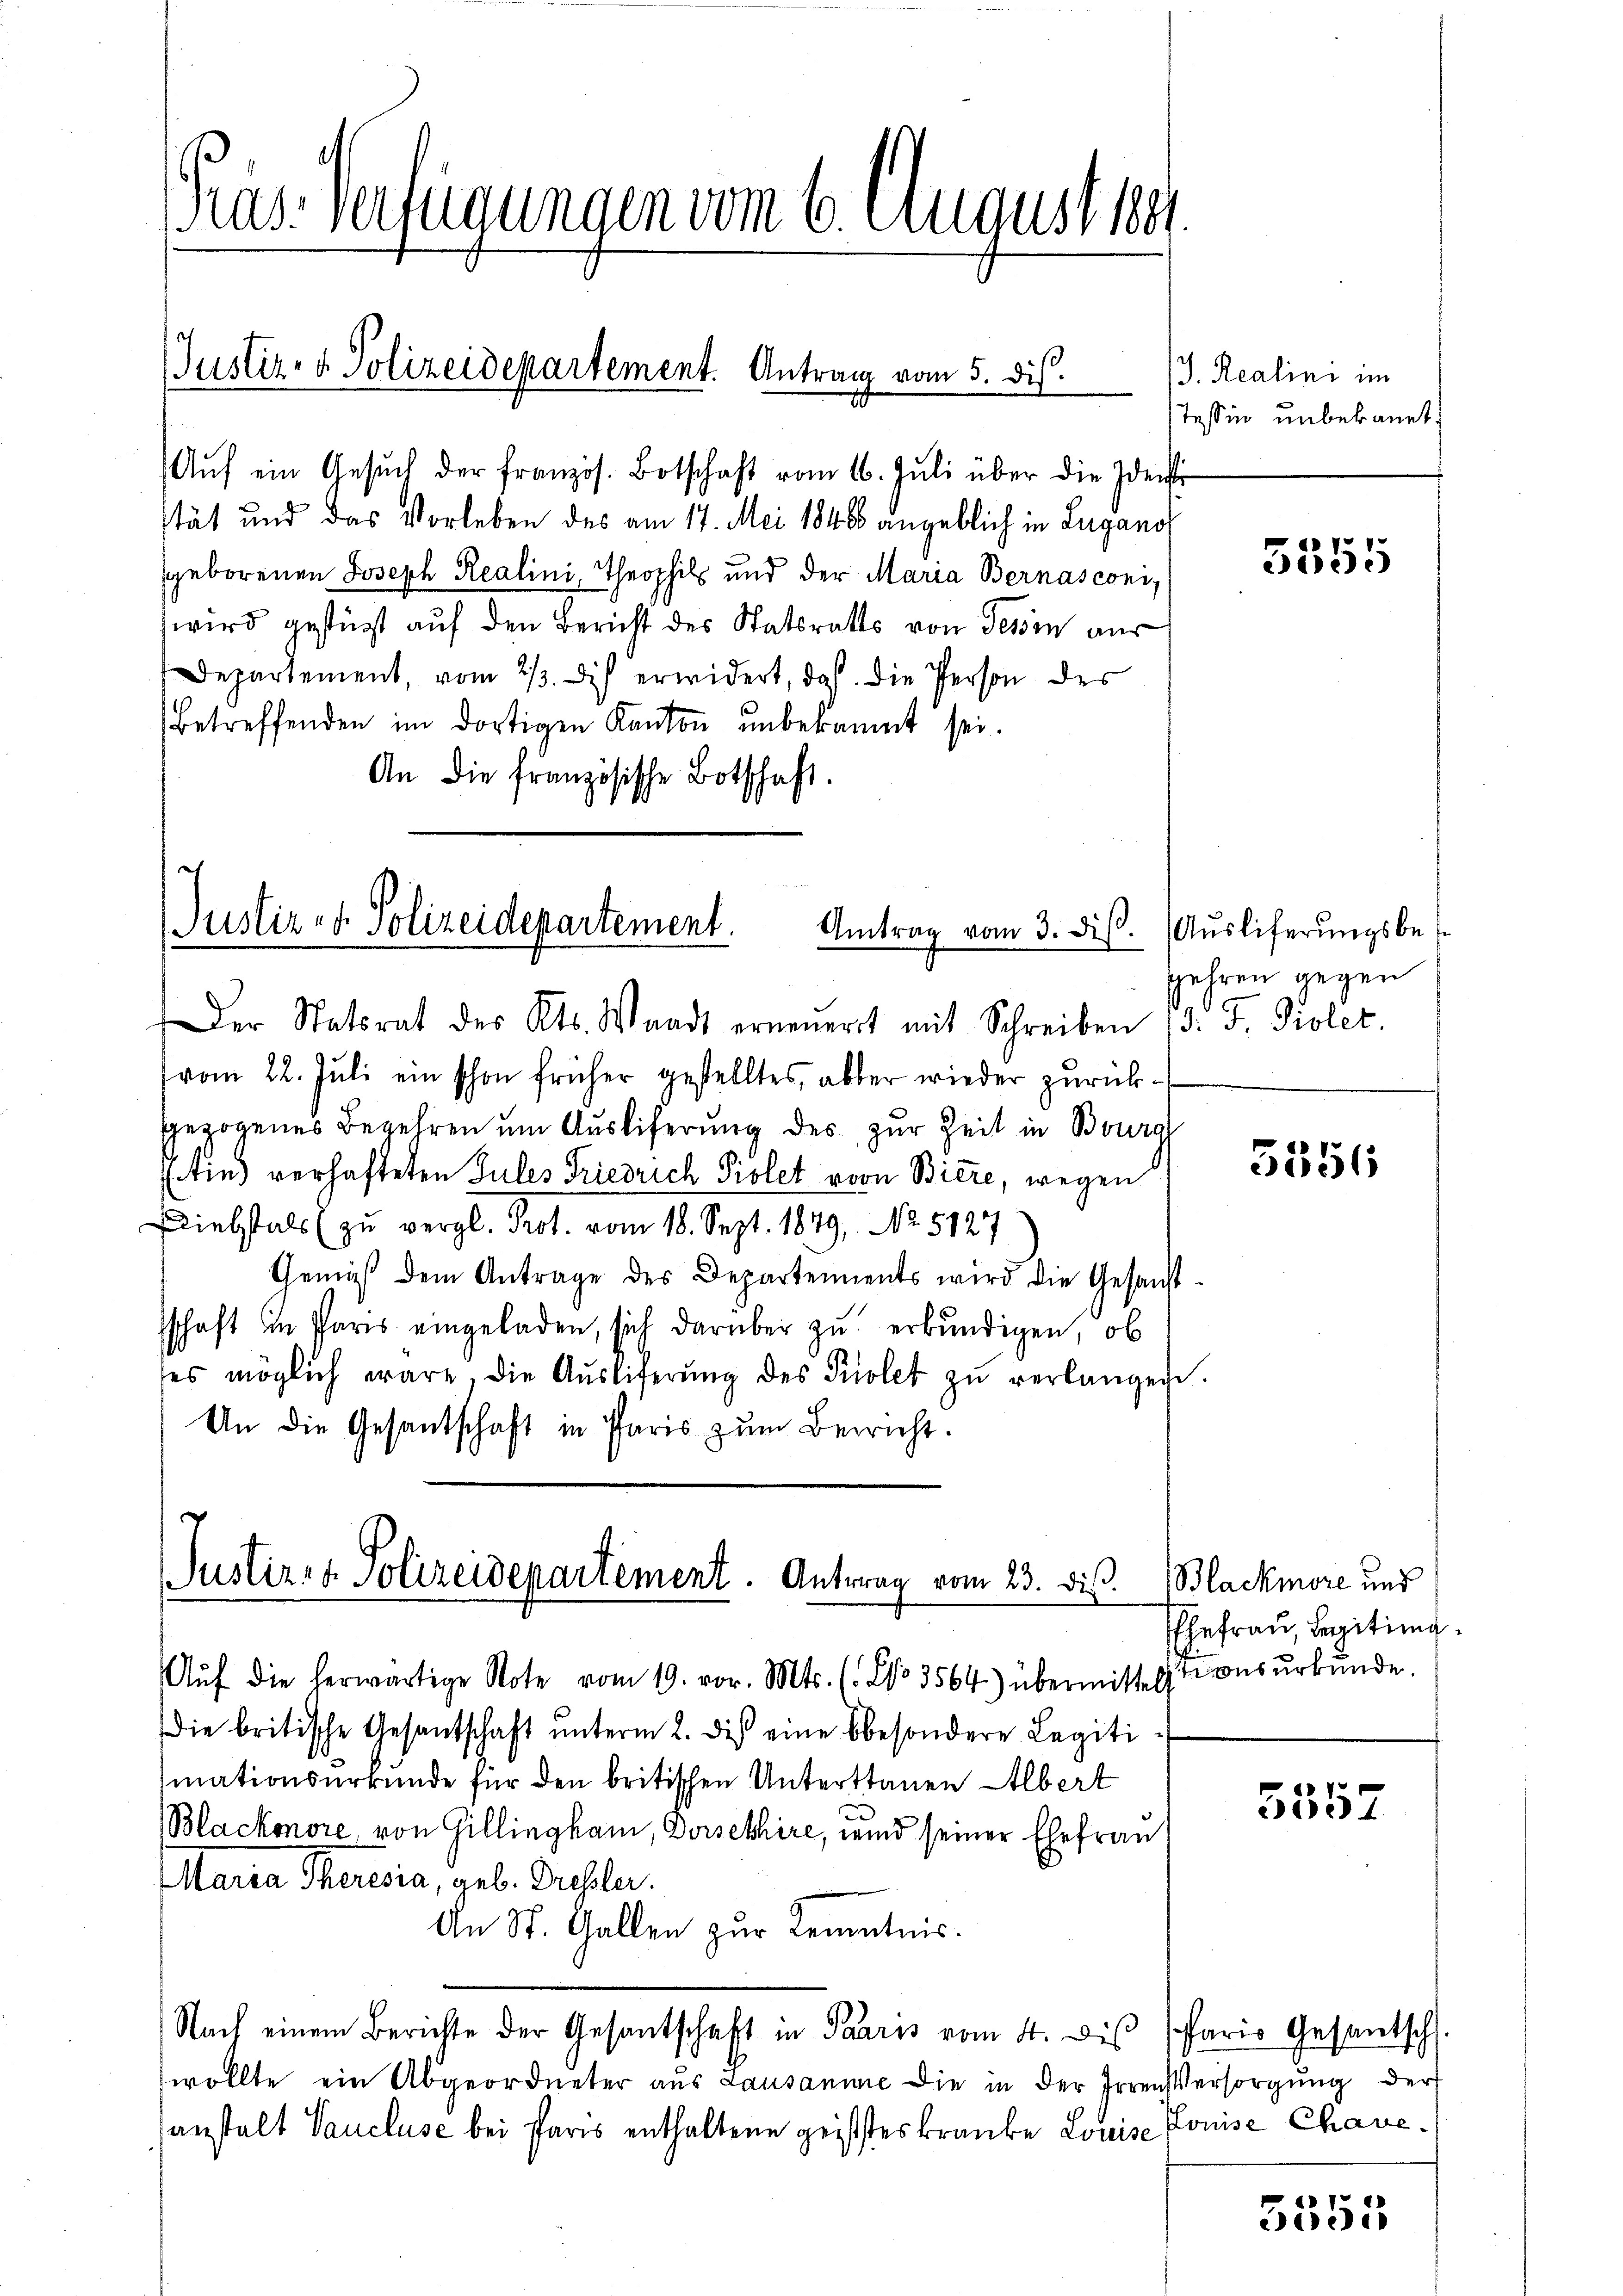
as-Verfügungen vom 6. August 1891.

Aŭf ein Gesŭch der französ. Botschaft vom 16. Juli über die Ident
stät und das Vorleben des am 17. Mai 1848 angeblich in Lugano,
sgeborenen Joseph Realini, Theophil und der Maria Bernasconi,
wird gestützt auf den Bericht des Statsraths von Tessin aus
Departement, vom 23. di erwidert, daß die Person des
betreffenden im dortigen Kanton unbekannt sei.
An die französische Botschaft.

Justiz- & Polizeidepartement. Antrag vom 5. dis.

Justiz- & Polizeidepartement.
Antrag vom 3. diβ.

Der Statsrat des Kts. Waadt erneŭerst mit Schreiben 13. F. Piolet.
vom 22. Juli ein schon früher gestelltes, aber wieder zurückgezogenes Begehren um Ausliferung des zur Zeit in Burg
tin verhafteten Jules Friedrich Piolet von Biere, wegen
Diebstals (zu vergl. Prot. vom 18. Sept. 1849, No. 5127
Gemäß dem Antrage des Departements wird die Gesandt-
schaft im Paris eingeladen, sich darüber zu erkundigen, ob
ses möglich wäre, die Aŭsliferŭng des Priolet zŭ verlangen.
An die Gesantschaft in Paris zum Bericht.

Justiz- & Polizeidepartement. Antrag vom 23. dis.

Aŭf die herwärtige Note vom 19. vor. Mts. (No. 3564) übermittelst aŭsŭrkŭnde.
die britische Gesantschaft ŭnterm 2. des eine besondere Legiti
mationsurkunde für den britischen Untertrauen Albert
Blackonore, von Gillingham, Dorsehhire, wird seiner Ehefrau
Maria Theresia, geb. Presler.
An St. Gallen zur Kenntnis.
Nach einem Berichte der Gesantschaft in Paares vom 4. des Paris Gesantsch.
wollte ein Abgeordneter aus Lausanne die in der Irrenversorgung der
anstalt Vaucluse bei Paris enthaltene geisteskraute Louise Louise Chave¬

/J. Realini im
Tessin unbekannt.

5555

Auslieferungsbes
gehren gegen

5351

Blackmore und
Ehefrau, Legiting

5357

5555